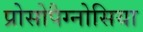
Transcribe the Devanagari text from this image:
प्रोसोपैग्नोसिया